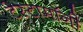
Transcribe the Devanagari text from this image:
टेस्टामॉनी